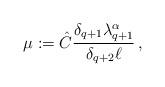
LaTeX: \begin{align*}\mu := \hat{C} \frac{\delta_{q+1} \lambda_{q+1}^\alpha}{\delta_{q+2} \ell}\, ,\end{align*}